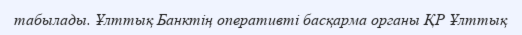
табылады. Ұлттық Банктің оперативті басқарма органы ҚР Ұлттық